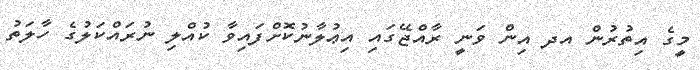
މީގެ އިތުރުން އދ އިން ވަނީ ރާއްޖޭގައި އިޢުލާނުކޮށްފައިވާ ކުއްލި ނުރައްކަލުގެ ހާލަތު